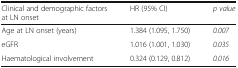
<table><thead><tr><td><b>Clinical and demographic factors at LN onset</b></td><td><b>HR (95% CI)</b></td><td><b><i>p value</i></b></td></tr></thead><tbody><tr><td>Age at LN onset (years)</td><td>1.384 (1.095, 1.750)</td><td><i>0.007</i></td></tr><tr><td>eGFR</td><td>1.016 (1.001, 1.030)</td><td><i>0.035</i></td></tr><tr><td>Haematological involvement</td><td>0.324 (0.129, 0.812)</td><td><i>0.016</i></td></tr></tbody></table>